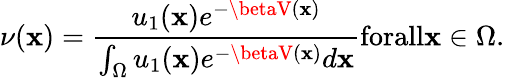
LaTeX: \nu(\mathbf{x})=\frac{{u_{1}(\mathbf{x})e^{-\betaV(\mathbf{x})}}}{{\int_{\Omega}u_{1}(\mathbf{x})e^{-\betaV(\mathbf{x})}d\mathbf{x}}}\textrm{{forall}}\mathbf{x}\in\Omega.